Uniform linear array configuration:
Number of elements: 32
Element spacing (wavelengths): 1
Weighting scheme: cosine
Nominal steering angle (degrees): -30
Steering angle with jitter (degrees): -28.222
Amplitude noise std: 0.05
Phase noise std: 0.05

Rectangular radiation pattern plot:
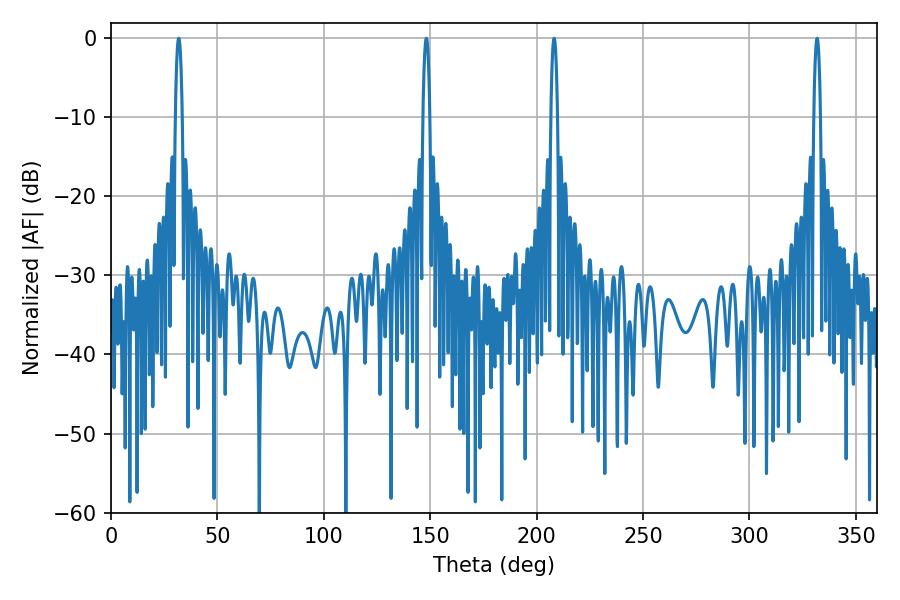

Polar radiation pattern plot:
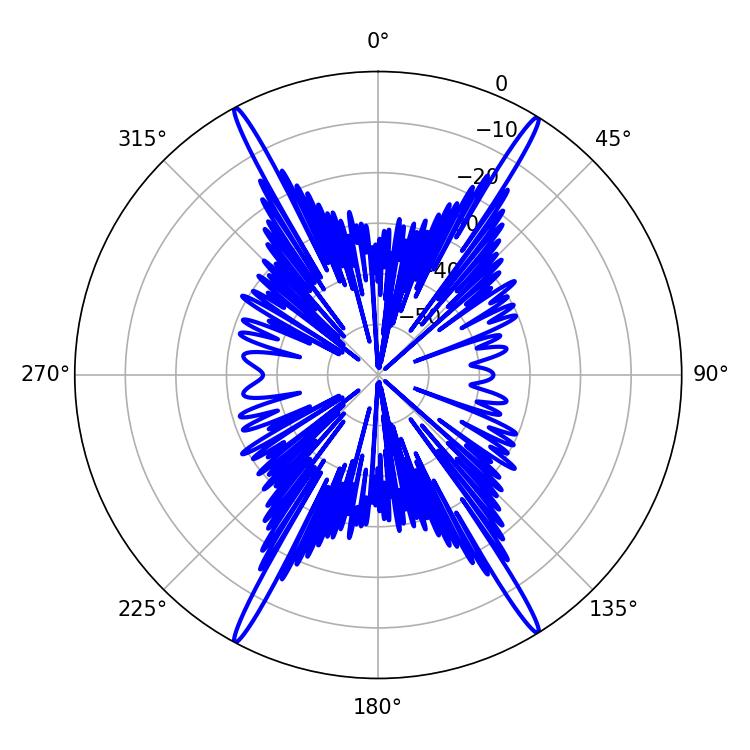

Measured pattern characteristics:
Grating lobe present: TRUE
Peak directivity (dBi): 25.821
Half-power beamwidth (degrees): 1.8
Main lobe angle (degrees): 31.86